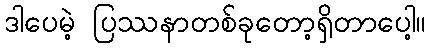
ဒါပေမဲ့ ပြဿနာတစ်ခုတော့ရှိတာပေါ့။